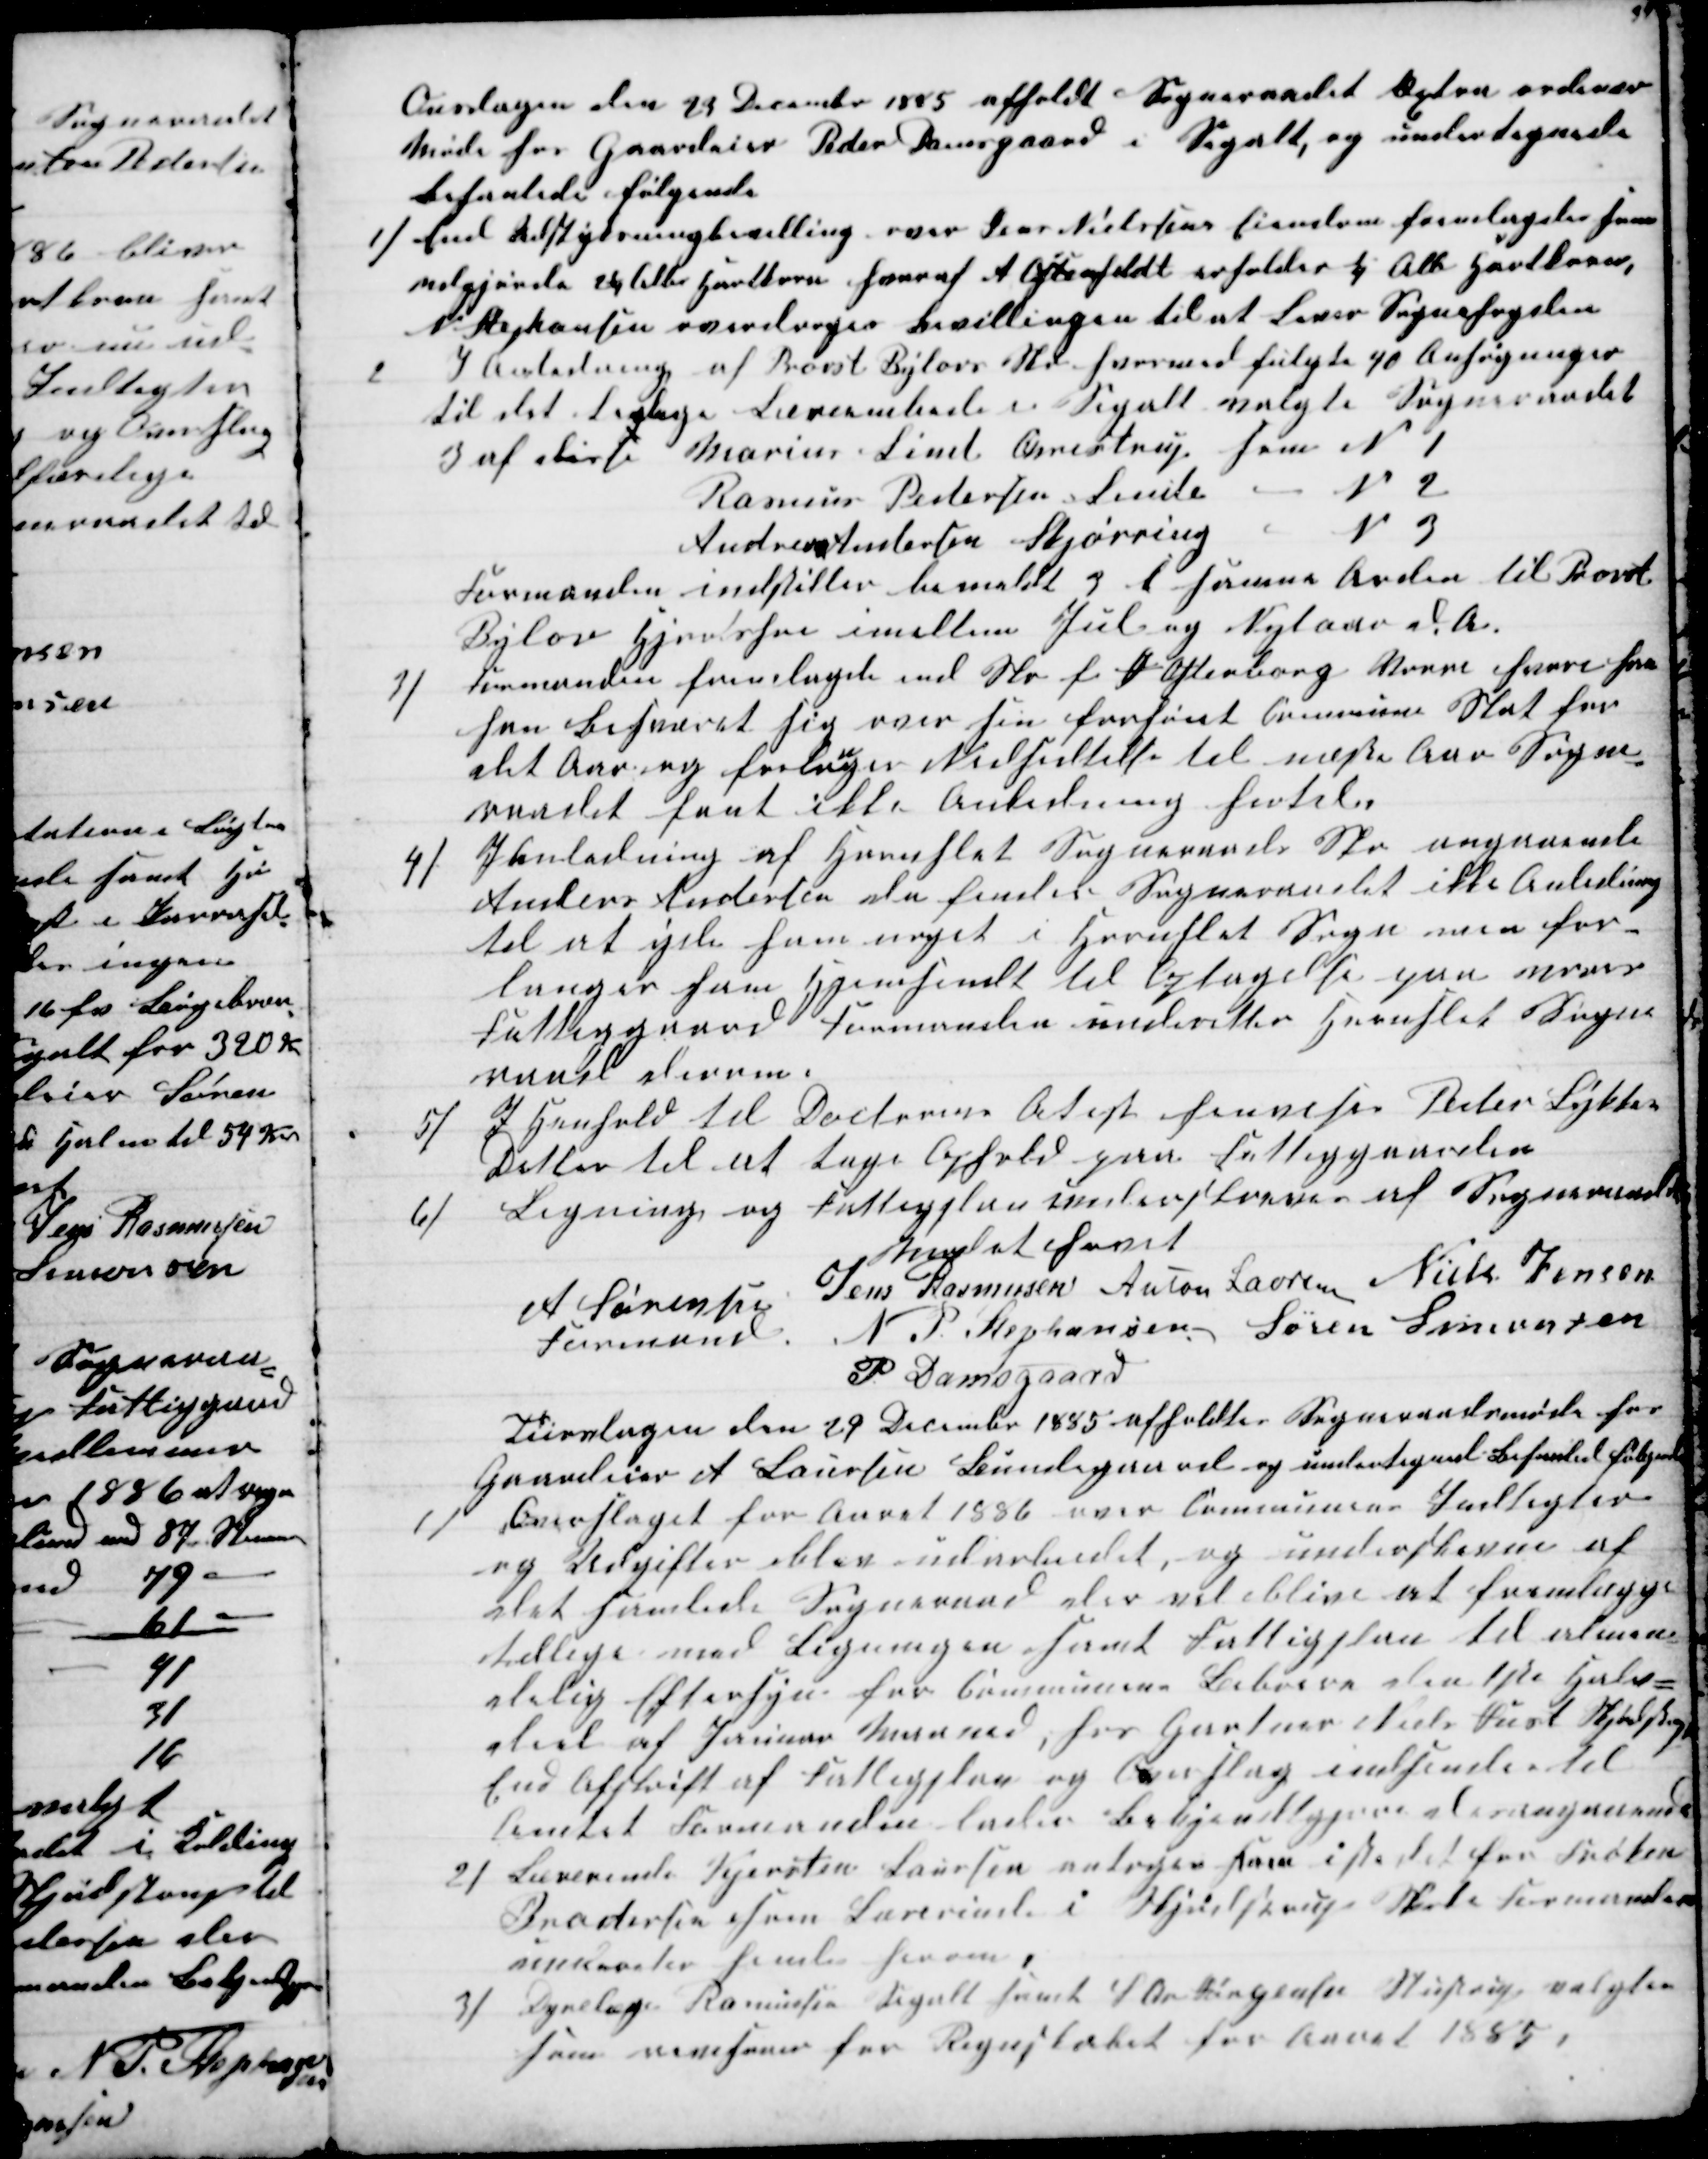
Transskription:
Onsdagen den 23 December 1885 afholdt Sogneraadet Extra ordinær
Møde hos Gaardeier Peder Damsgaard i Segalt og undertegnede
behanlede følgende
1) End Udstykningbevilling over Jens Nielssens Eiendom forelagdes som
udgjorde 2¼ Alb Hartkorn hvoraf A Ostenfeldt erholder ¼ Alb Hartkorn,
N Stephansen overdroges Bevillingen til at Lever Sognefogden
2
I Anledning af Provst Bylovs Skr hvormed fulgte 40 Ansøgninger
til det Ledige Læreembede i Segalt valgte Sogneraadet
3 af disse Marius Lind Ormstrup som No 1
Rasmus Pedersen Linde
N 2
Andreas Andersen Skjørring
N 3
Formanden indstiller bemeldt 3 i samme Orden til Provst
Bylov Hjortshøi imellem Jul og Nytaar d. A.
3)
Formanden fremlagde end Skr f J Ostenborg Vorre hvori han
har besværet sig over sin forhøiet Commune Skat for
det  Aar og forla
n
ger Nedsettelse til næste Aar Sogne-
raadet fant ikke Anledning hertil
4)
I Anledning af Hornslet Sogneraads Skr angaaende
Anders Andersen da finder Sogneraadet ikke Anledning
til at yde ham noget i Hornslet Sogn men for-
langer ham Hjemsendt til Optagelse paa vores
Fattiggaard Formanden underetter Hornslet Sogne-
raad derom.
5)
I Henhold til Docterens Atest henvises Peder Lykkes
Datter til at tage Ophold paa Fattiggaarden
6)
Ligning og Fattigplan underskreves af Sogneraadet
Mødet hævet
A Sørensen 
Formand.
Jens Rasmusen Anton Laursen Niels Jensen
N. P. Stephansen Søren Simonsen
P Damsgaard
Tiirsdagen den 29 December 1885 afholdtes Sogneraadsmøde hos
Gaardeier A Laursen Bundegaard og undertegnede Behanlede følgende
1)
Overslaget for Aaret 1886 over Communens Indtægter
og Udgifter blev udarbeidet og underskreven af
det samlede Sogneraad der vil blive at fremlægge
tillige med Ligningen samt Fattigplan til almin-
delig Eftersyn for Communens Beboere den 1ste Halv-
deel af Januar Maaned, hos Gartner Niels Just Skjødstrup
End Afskrift af Fattigplag og Overslag indsendes til
Amtet Formanden lader Bekjendtgjøre desangaaende
2) Lærerinde Kjersten Laursen antoges som istedetfor Frøken
Brodersen som Lærerinde i Skjødstrup Skole Formanden
undereter hende herom,
3)
Dyrelæge Rasmussen Segalt samt  S Aa Jørgensen Stustrup valgtes
som revisorer for Regnskabet for Aaret 1885.